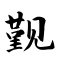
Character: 觐